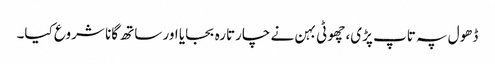
ڈھول پہ تاپ پڑی، چھوٹی بہن نے چارتارہ بجایا اور ساتھ گانا شروع کیا۔